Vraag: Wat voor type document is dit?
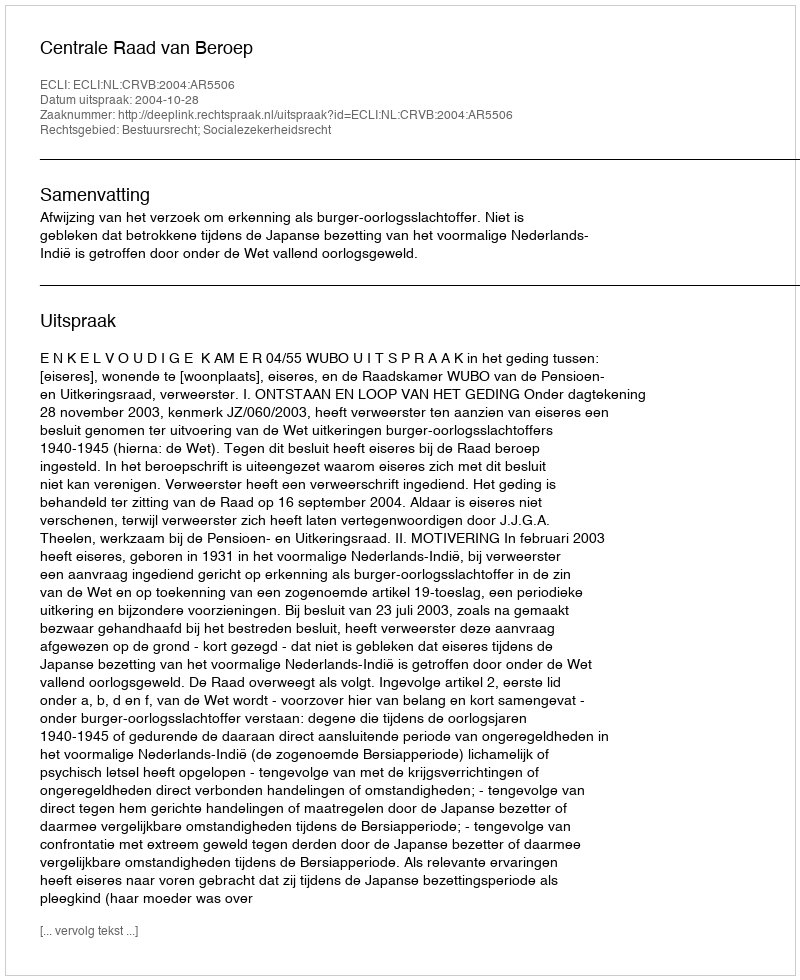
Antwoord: Uitspraak